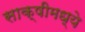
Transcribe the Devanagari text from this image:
साक्षीमध्ये